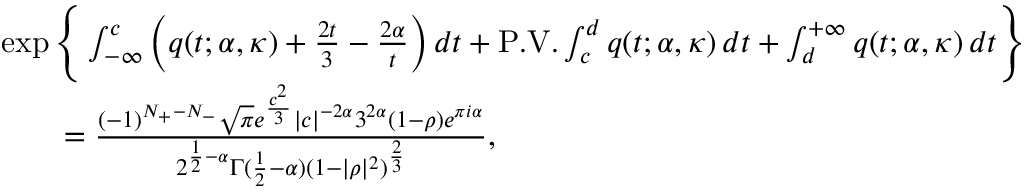
\begin{array} { r l } & { \exp \Bigg \{ \int _ { - \infty } ^ { c } \left( q ( t ; \alpha , \kappa ) + \frac { 2 t } { 3 } - \frac { 2 \alpha } { t } \right) d t + \mathrm { P . V . } \int _ { c } ^ { d } q ( t ; \alpha , \kappa ) \, d t + \int _ { d } ^ { + \infty } q ( t ; \alpha , \kappa ) \, d t \Bigg \} } \\ & { \qquad = \frac { ( - 1 ) ^ { N _ { + } - N _ { - } } \sqrt { \pi } e ^ { \frac { c ^ { 2 } } { 3 } } | c | ^ { - 2 \alpha } 3 ^ { 2 \alpha } ( 1 - \rho ) e ^ { \pi i \alpha } } { 2 ^ { \frac { 1 } { 2 } - \alpha } \Gamma ( \frac { 1 } { 2 } - \alpha ) ( 1 - | \rho | ^ { 2 } ) ^ { \frac { 2 } { 3 } } } , } \end{array}